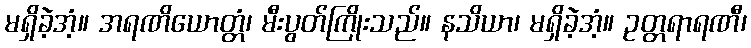
မရှိခဲ့အံ့။ အရဏိယောတ္တံ၊ မီးပွတ်ကြိုးသည်။ နသိယာ၊ မရှိခဲ့အံ့။ ဥတ္တရာရဏီ၊